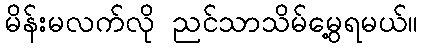
မိန်းမလက်လို ညင်သာသိမ်မွေ့ရမယ်။